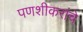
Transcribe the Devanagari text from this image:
पणशीकरांचे